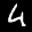
Label: 4